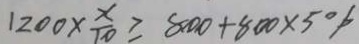
1 2 0 0 \times \frac { x } { 1 0 } \geq 8 0 0 + 8 0 0 \times 5 \%